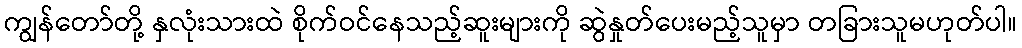
ကျွန်တော်တို့ နှလုံးသားထဲ စိုက်ဝင်နေသည့်ဆူးများကို ဆွဲနှုတ်ပေးမည့်သူမှာ တခြားသူမဟုတ်ပါ။